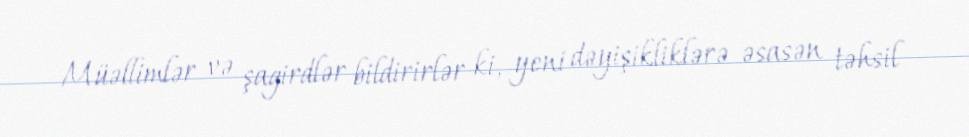
Müəllimlər və şagirdlər bildirirlər ki, yeni dəyişikliklərə əsasən təhsil